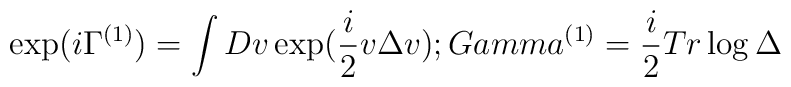
\exp(i\Gamma^{(1)})=\int Dv \exp(\frac{i}{2}v\Delta v);\\Gamma^{(1)}=\frac{i}{2}Tr\log\Delta